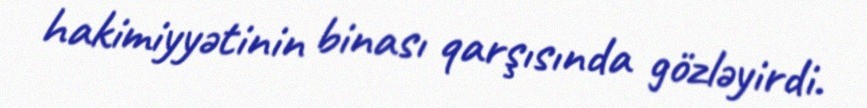
hakimiyyətinin binası qarşısında gözləyirdi.